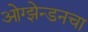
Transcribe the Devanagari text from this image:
ओग्झेन्डनचा